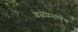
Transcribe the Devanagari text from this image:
वेळेप्रमाणेच